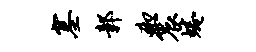
塞鄣砌震蜷